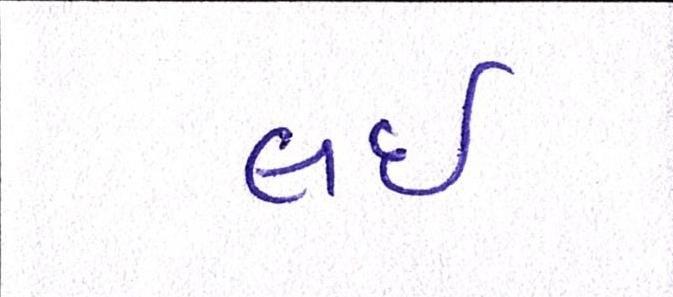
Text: લઇ